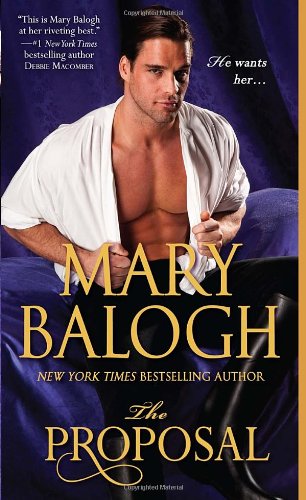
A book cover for The Proposal (Survivor's Club); Mary Balogh; Romance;